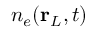
n _ { e } ( \mathbf { r } _ { L } , t )